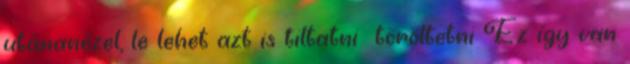
utánanézel, le lehet azt is tiltatni töröltetni Ez így van